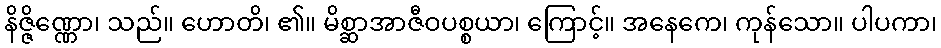
နိဇ္ဇိဏ္ဏော၊ သည်။ ဟောတိ၊ ၏။ မိစ္ဆာအာဇီဝပစ္စယာ၊ ကြောင့်။ အနေကေ၊ ကုန်သော။ ပါပကာ၊